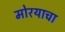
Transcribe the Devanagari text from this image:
मोरयाचा